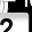
Digit: 2